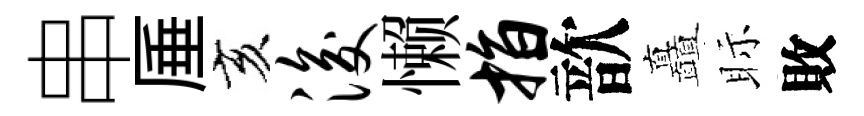
串厜亥浚懒指歆矗眎敗